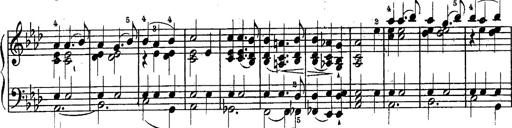
Title: Schubert's Impromptus [revised and edited by Franz Liszt]
Composer: Franz Liszt